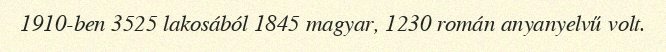
1910-ben 3525 lakosából 1845 magyar, 1230 román anyanyelvű volt.